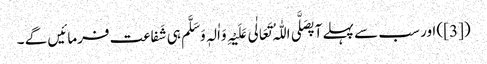
([3]) اور سب سے پہلے آپصَلَّی اللّٰہُ تَعَالٰی عَلَیْہِ وَاٰلہٖ وَسَلَّم ہی شَفاعت فرمائیں گے ۔